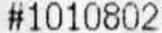
#1010802